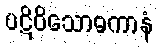
ပဋိဝိသောဓကာနံ